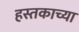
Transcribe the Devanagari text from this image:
हस्तकाच्या